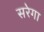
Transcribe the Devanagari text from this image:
सरेगा